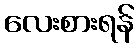
လေးစားရန်